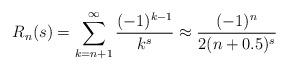
LaTeX: \begin{align*} R_{n}(s)=\sum_{k=n+1}^\infty \frac{(-1)^{k-1}}{k^s} \approx \frac{(-1)^n}{2(n+0.5)^s}\end{align*}